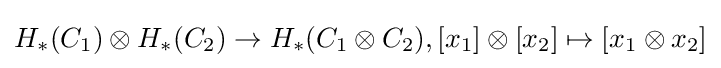
H_{\ast }(C_{1})\otimes H_{\ast }(C_{2})\to H_{\ast }(C_{1}\otimes C_{2}),[x_{1}]\otimes [x_{2}]\mapsto [x_{1}\otimes x_{2}]